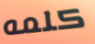
كلمه